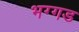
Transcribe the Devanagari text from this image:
भग्‍गड